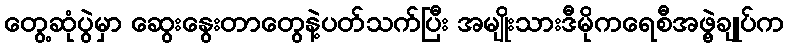
တွေ့ဆုံပွဲမှာ ဆွေးနွေးတာတွေနဲ့ပတ်သက်ပြီး အမျိုးသားဒီမိုကရေစီအဖွဲ့ချုပ်က